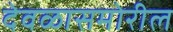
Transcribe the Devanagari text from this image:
देवळासमोरील